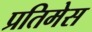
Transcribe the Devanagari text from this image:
प्रतिमेस